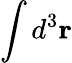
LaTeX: \int d^{3}\mathbf{r}